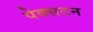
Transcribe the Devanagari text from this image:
पेक्‍सटन